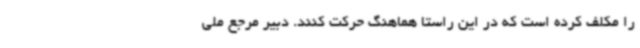
را مکلف کرده است که در این راستا هماهنگ حرکت کنند. دبیر مرجع ملی